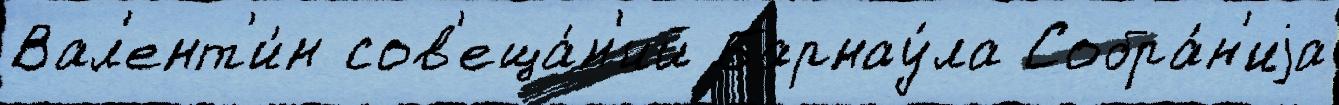
Вал'ент'и́н сов'еща́н'ий Барнау́ла Собра́н'иjа